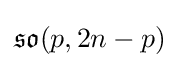
{\mathfrak {so}}(p,2n-p)